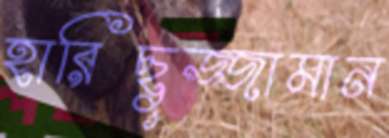
হারিছুজ্জামান